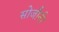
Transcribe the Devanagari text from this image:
सोजौर्नर